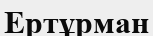
Ертұрман